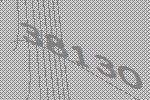
38130